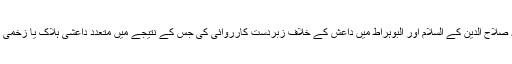
صوبہ صلاح الدین کے السلام اور البوہراط میں داعش کے خلاف زبردست کارروائی کی جس کے نتیجے میں متعدد داعشی ہلاک یا زخمی ہوئے۔